Burma Government Medical School reports 1907-22
Year: 1907
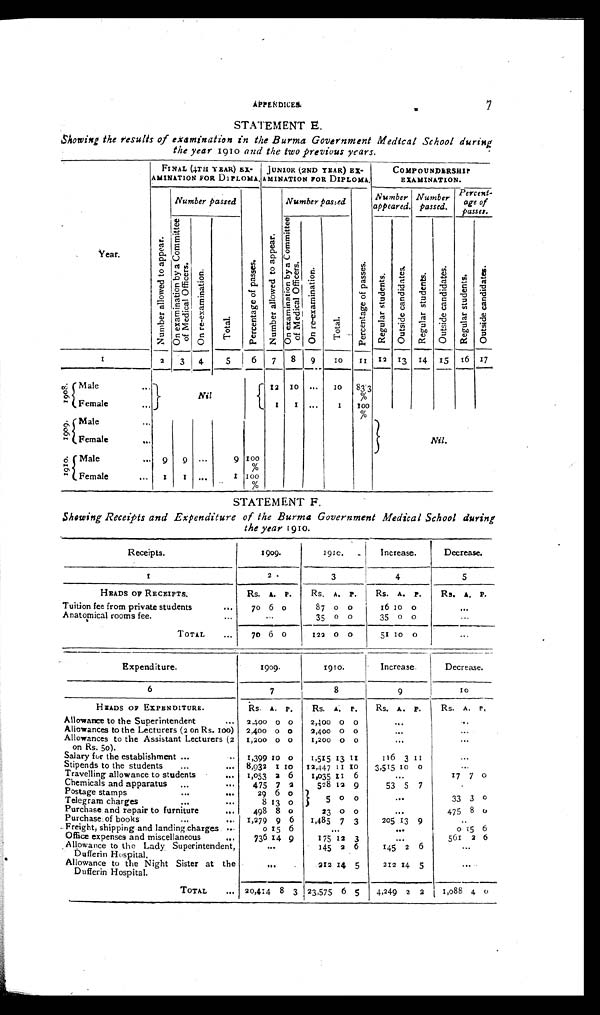
7
STATEMENT E.
Showing the results of examination in the Burma Government Medical School during
the year 1910 and the two previous years.
Year.
FINAL (4TH YEAR) EX-
AMINATION FOR DIPLOMA
JUNIOR (2ND YEAR) EX-
AMINATION FOR DIPLOMA.
COMPOUNDERSHIP
EXAMINATION.
N u m b e r a l l o w e d t o a p p e a r .
Number passed
P e r c e n t a g e o f p a s s e s .
N u m b e r a l l o w e d t o a p p e a r .
Number passed
P e r c e n t a g e o f p a s s e s .
Number
appeared.
Number
passed.
Percent -
age of
passes.
O n e x a m i n a t i o n b y a C o m m i t t e e o f M e d i c a l O f f i c e r s .
O n r e - e x a m i n a t i o n .
T o t a l .
O n e x a m i n a t i o n b y a C o m m i t t e e o f M e d i c a l O f f i c e r s .
O n r e - e x a m i n a t i o n .
T o t a l .
R e g u l a r s t u d e n t s .
O u t s i d e c a n d i d a t e s .
R e g u l a r s t u d e n t s .
O u t s i d e c a n d i d a t e s .
R e g u l a r s t u d e n t s
O u t s i d e c a n d i d a t e s .
1 2
3 4
5
6
7
8 9
1 0
1 1
12 13 14 15 16 17
1 9 0 8
Male
Nil
12 10
. . .
1 0
83.3
%
Female
1
1
...
1
1 0 0
%
Nil.
1 9 0 9
Male
. . .
Female
. . .
1 9 1 0
Male
... 9
9
. . .
9 100
%
Female
1
1
. . .
1
1 0 0
%
STATEM ENT F.
Showing Receipts and Expenditure of the Burma Government Medical School during
the year 1 9 10.
Receipts.
1909.
1910.
Increase.
Decrease.
1
2
3
4
5
HEADS OF RECEIPTS.
Rs. A. P.
Rs. A. P.
Rs. A.
P .
Rs. A. P.
Tuition fee from private students
. . .
70 6
0
87 0 0
16
1 0
0
Anatomical rooms fee.
...
...
0 0
35 0
0
. . .
TOTAL
70 6 0
122 0 0
51
1 0
0
. . .
Expenditure.
1909.
1910.
Increase.
Decrease.
6
7
8
9
10
HEADS OF EXPENDITURE.
R s
Rs. A. P.
Rs. A. P.
Rs.
A .
P.
Rs. A.
P .
Allowance to the Superintendent
... 2 400 0 0
2,400 0 0
. . .
. . .
Allowances to the Lecturers (2 on Rs. 100) 2,400 0 0
2,400 0 0
. . .
. . .
Allowances to the Assistant Lecturers (2
on Rs. 50).
1,200 0 0
1,200 0 0
...
. . .
Salary for the establishment ...
.... 1,399
1 0
0
1,515 13
1 1
16 3
1 1
. . .
Stipends to the students ...
... 8,932
1 0
12,447 11 10
3,515
1 0
0
...
Travelling allowance to students
... 1,053 2 6
1,,035
1 1
6
. . . 17 7 0
Chemicals and apparatus ,„
. . .
475 7 2
528 12 9
53 5 7
...
Postage stamps
...
. . .
29 6 0
5
}
0
0
. . . 33 3
0
Telegram charges
...
. . .
8 13 0
Purchase and repair to furniture
...
498 8 0
23 0 0
...
475 8
0
Purchase of books ...
. . .
1,279 9 6
1,485 7 3
205 13 9
.
Freight, shipping and landing charges
. . .
o 15 6
. . .
. . . o (5 6
Office expenses and miscellaneous
. . .
736 14 9
175 12 3
. . . 561 2 6
Allowance to the Lady Superintendent,
Dufferin Hospital.
. . . 145 2 6
145 2 6
. . .
Allowance to the Night Sister at the
Dufferin Hospital.
. . .
212 14 5
212 14 5
. .
TOTAL
... 20,414
8
3 23,575 6 5
4,249 2 2 l 1,088 4 0